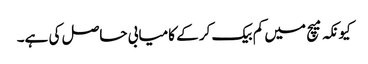
کیونکہ میچ میں کم بیک کر کے کامیابی حاصل کی ہے۔